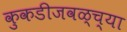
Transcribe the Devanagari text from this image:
कुकडीजवळ्च्या